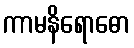
ကာမနိရောဓော